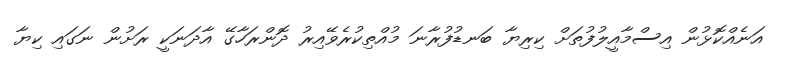
އަނެއްކޮޅުން އިސްމާއީލުފުތަށް ކިރިޔާ ބަނޑުފުރާނަ މުއްތިކުރެވޭއިރު ދޮންރަހާގޭ އާދަނަކީ ރަށުން ނަގައި ކިޔާ